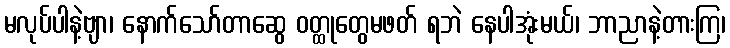
မလုပ်ပါနဲ့ဗျာ၊ နောက်သော်တာဆွေ ဝတ္ထုတွေမဖတ် ရဘဲ နေပါအုံးမယ်၊ ဘာညာနဲ့တားကြ၊